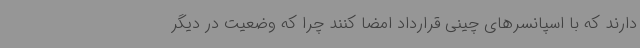
دارند که با اسپانسرهای چینی قرارداد امضا کنند چرا که وضعیت در دیگر